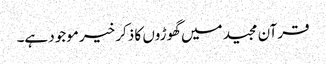
قرآن مجید میں گھوڑوں کا ذکر خیر موجود ہے۔